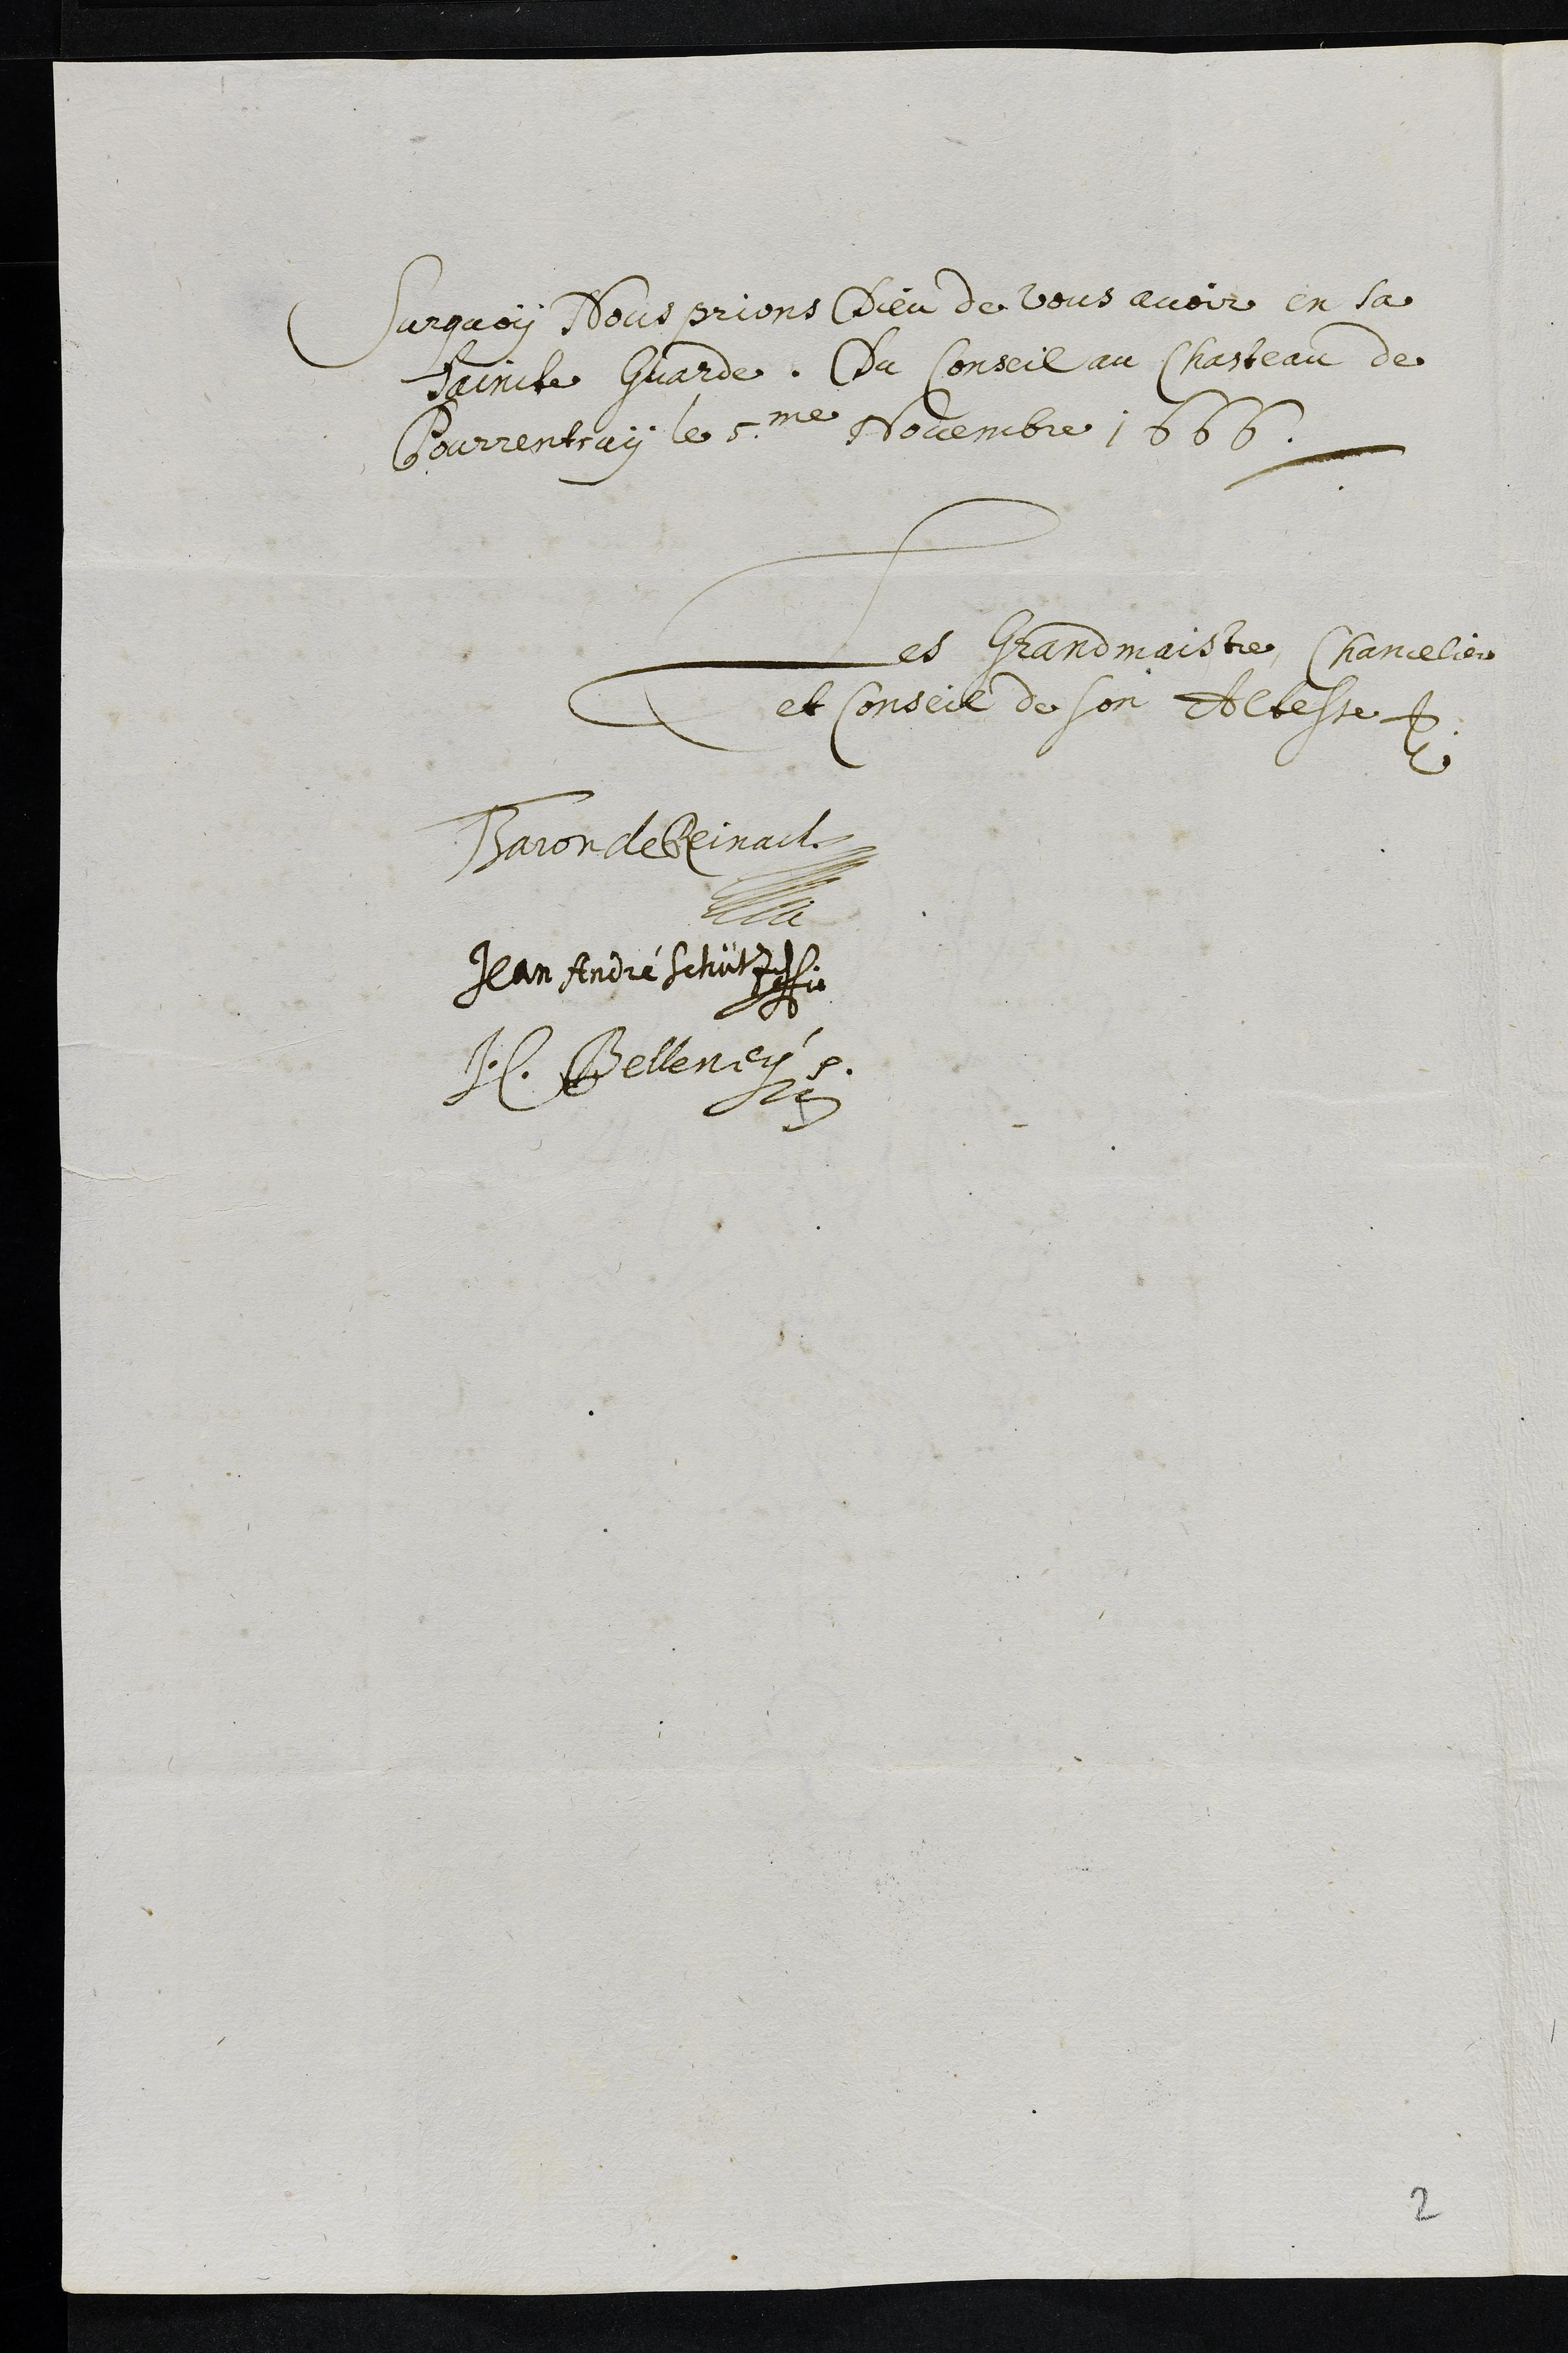
Surquoy Nous prions Dieu de vous avoir en sa
Saincte Guarde. Du Conseil au Chasteau de
Pourrentruy le 5me Novembre 1666.
Les Grand maistre, Chancelier
et Conseil de son Altesse
Baron de Reinach
Jean André Schütz
J.C. Belleney.
2